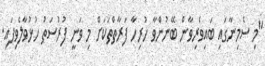
"މި ސެމިނާގައި ބައިވެރިވާން ބޭނުންވާ ހުރިހާ ފަރާތްތަކަށް މި ވަނީ ފުރުސަތު ހުޅުވާލެވިފައި.